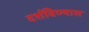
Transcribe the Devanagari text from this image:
दर्शविण्यास